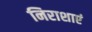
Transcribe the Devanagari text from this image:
निराशाएं